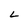
Character: L